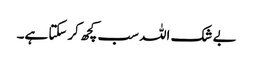
بے شک اللہ سب کچھ کرسکتا ہے۔